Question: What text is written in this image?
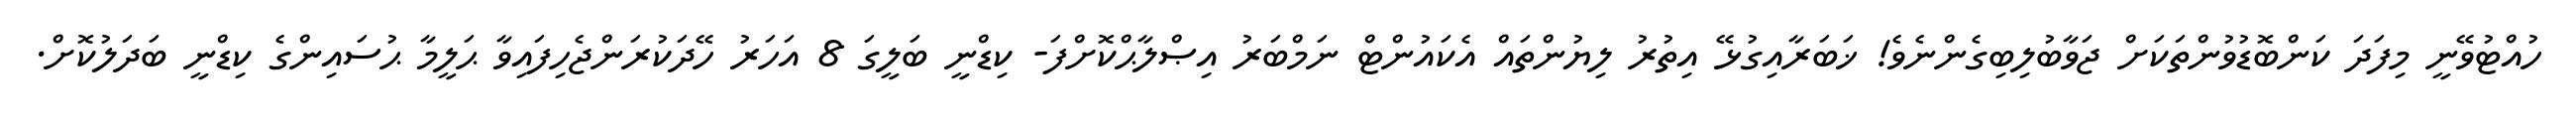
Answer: ހުއްޓުވޭނީ މިފަދަ ކަންބޮޑުވުންތަކަށް ޖަވާބުލިބިގެންނެވެ! ޚަބަރާއިގުޅޭ އިތުރު ލިޔުންތައް އެކައުންޓް ނަމްބަރު އިޞްލާޙްކޮށްފަ- ކިޑްނީ ބަލީގަ 8 އަހަރު ހޭދަކުރަންޖެހިފައިވާ ޙަލީމާ ޙުސައިންގެ ކިޑްނީ ބަދަލުކޮށް.